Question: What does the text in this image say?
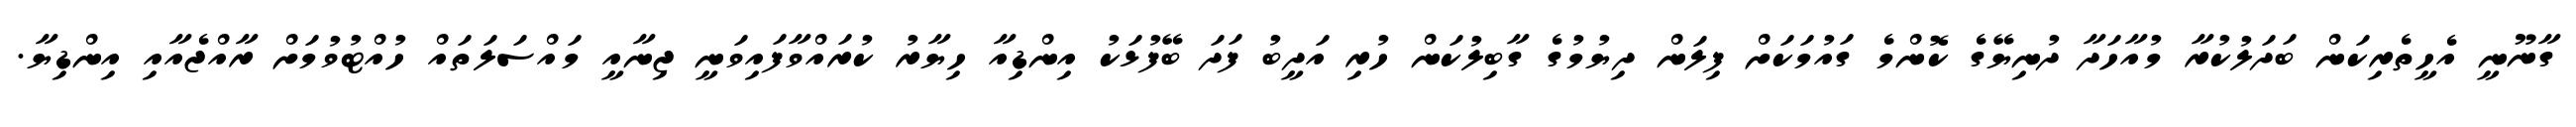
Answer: ގާނޫނީ އެހީތެރިކަން ބަދަލުކުރާ މުއާހަދާ ދުނިޔޭގެ ކޮންމެ ގައުމަކަށް ފިލަން ދިޔުމުގެ ގާބިލުކަން ހުރި އަދީބު ފަދަ ބޭފުޅަކު އިންޑިއާ ހިޔާރު ކުރައްވާފައިވަނީ ޖިނާއީ މައްސަލަތައް ހުއްޓުވުމަށް ރާއްޖެއާއި އިންޑިޔާ.